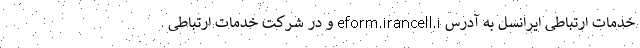
خدمات ارتباطی ایرانسل به آدرس eform.irancell.i و در شرکت خدمات ارتباطی